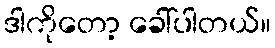
ဒါကိုတော့ ခေါ်ပါတယ်။